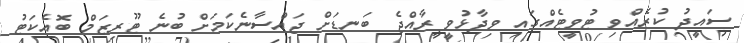
ސައީދު ކުރެއްވި ޓުވީޓެއްގައި ވިދާޅުވީ ރާއްޖެ ބަނޑަށް ޖައްސާނެކަމަށް ބުނެ ޓޫރިޒަމް ބޮއެކަޓު